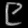
Digit: ၉